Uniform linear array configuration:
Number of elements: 16
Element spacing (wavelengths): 0.25
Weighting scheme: blackman
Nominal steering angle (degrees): -60
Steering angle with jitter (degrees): -58.578
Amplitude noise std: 0.05
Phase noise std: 0.05

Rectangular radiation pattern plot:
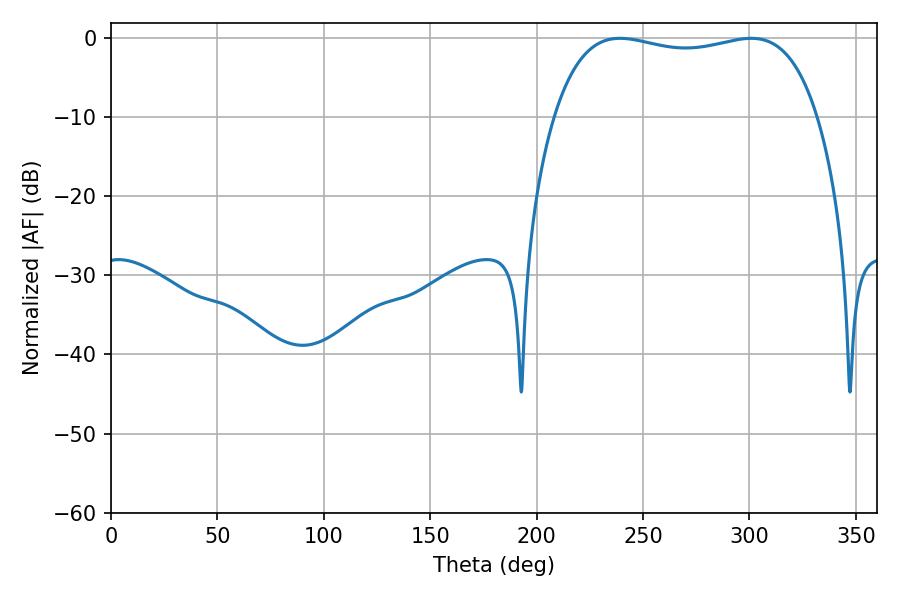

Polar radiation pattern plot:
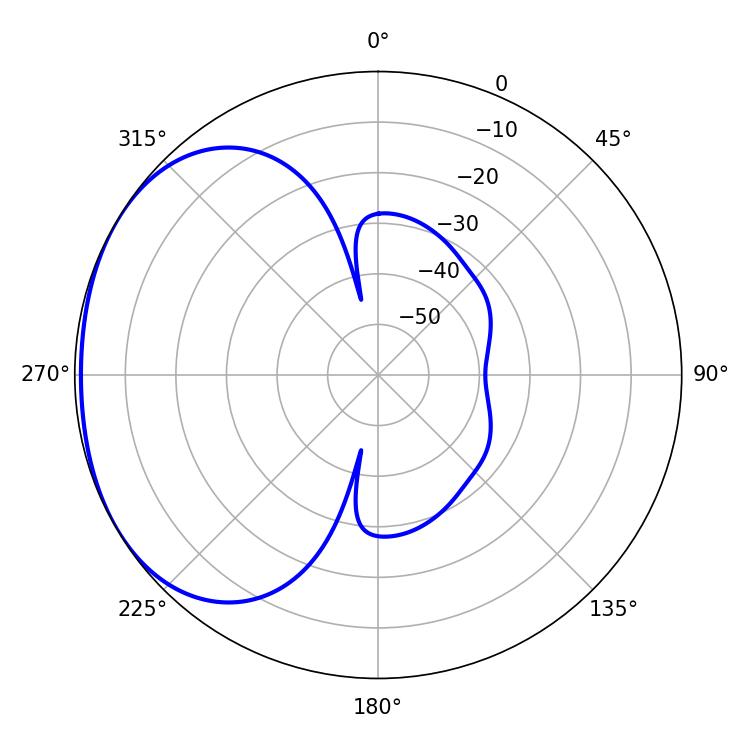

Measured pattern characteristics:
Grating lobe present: FALSE
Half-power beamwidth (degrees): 100.44
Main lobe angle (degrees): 239.22